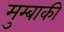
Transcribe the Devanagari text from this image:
मुम्बाकी